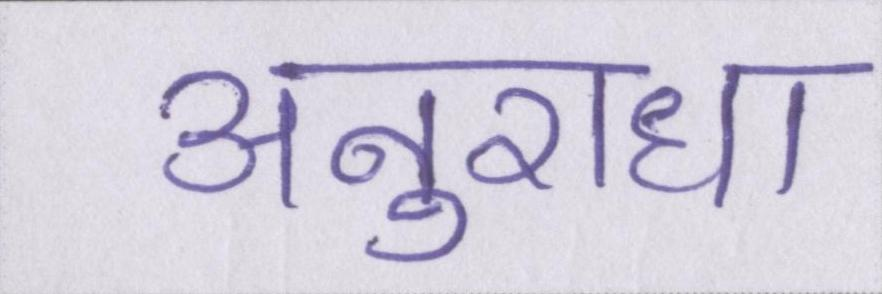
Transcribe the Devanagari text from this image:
अनुराधा